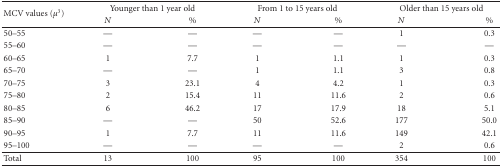
| <ROWSPAN=2> MCV values (μ3) | <COLSPAN=2> Younger than 1 year old | <COLSPAN=2> From 1 to 15 years old | <COLSPAN=2> Older than 15 years old |
 | N | % | N | % | N | % |
 | --- | --- | --- | --- | --- | --- | --- |
 | 50–55 | — | — | — | — | 1 | 0.3 |
 | 55–60 | — | — | — | — | — | — |
 | 60–65 | 1 | 7.7 | 1 | 1.1 | 1 | 0.3 |
 | 65–70 | — | — | 1 | 1.1 | 3 | 0.8 |
 | 70–75 | 3 | 23.1 | 4 | 4.2 | 1 | 0.3 |
 | 75–80 | 2 | 15.4 | 11 | 11.6 | 2 | 0.6 |
 | 80–85 | 6 | 46.2 | 17 | 17.9 | 18 | 5.1 |
 | 85–90 | — | — | 50 | 52.6 | 177 | 50.0 |
 | 90–95 | 1 | 7.7 | 11 | 11.6 | 149 | 42.1 |
 | 95–100 | — | — | — | — | 2 | 0.6 |
 | Total | 13 | 100 | 95 | 100 | 354 | 100 |